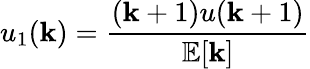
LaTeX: u_{1}(\mathbf{k})={\frac{{(\mathbf{k}+1)u(\mathbf{k}+1)}}{{\mathbb{{E}}[\mathbf{k}]}}}